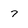
Character: 7